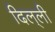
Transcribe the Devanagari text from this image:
दिल्‌ली